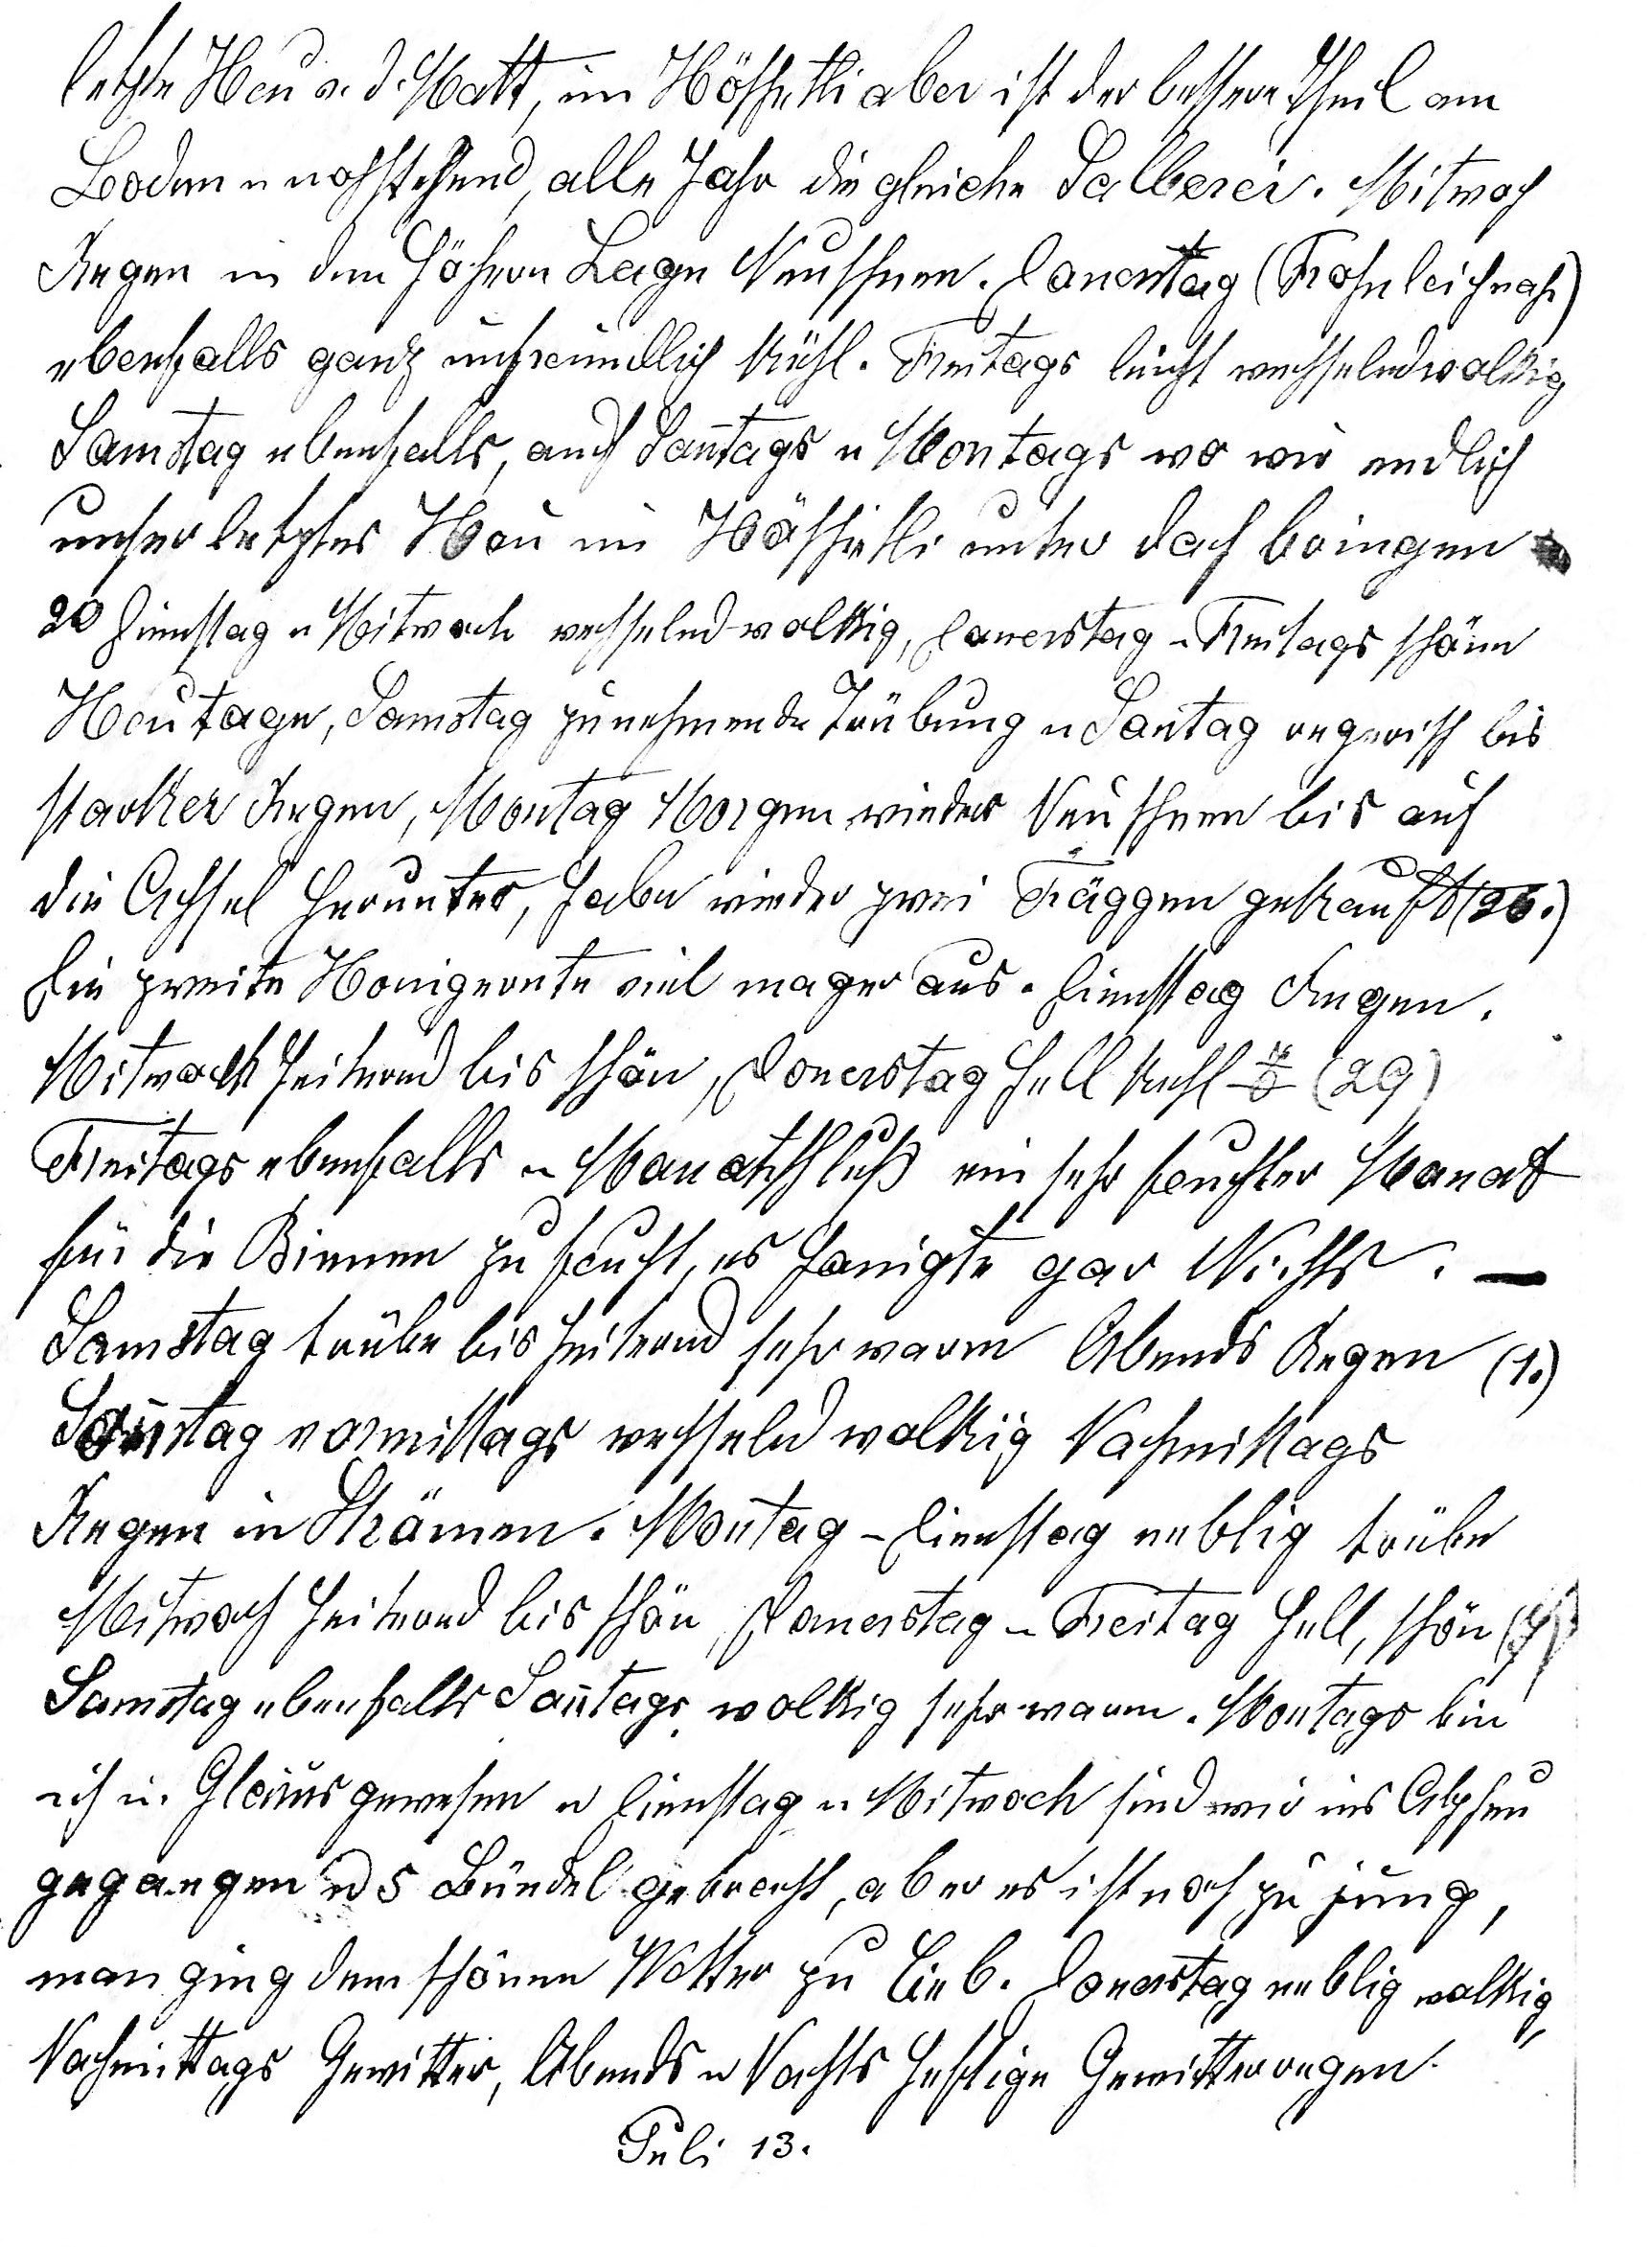
letzte Heu v. d. Matt, im Höschetli aber ist der bessere Theil am
Boden u noch stehend, alle Jahr die gleiche Salberei. Mitwoch
Regen in den höhern Lagen Neuschnee. Donerstag (Fronleichnam)
ebenfalls ganz unfreundlich kühl. Freitags leicht wechselhaft wolkig
Samstag ebenfalls, auch Sontags u Montags wo wir endlich
unser letztes Heu im Höschetli unter Dach bringen.
20. Dienstag u Mitwoch wechselnd wolkig, Donerstag u Freitags schöne
Heutage, Samstag zunehmende Trübung u Sontag regnerisch bis
starker Regen, Montag Morgen wieder Neuschnee bis auf

die Achsel herunter, habe wieder zwei Fäggen gekauft (26.).
Die zweite Honigernte viel mager aus. Dienstag Regen.
Mitwoch heiternd bis schön, Donerstag hell kühl 7o (29.).
Freitags ebenfalls u Monatschluss, ein sehr feuchter Monat
für die Bienen zu feucht, es honigte gar Nichts.
Samstag trübe bis heiternd sehr warm Abends Regen (1.)
Sontag vormittags wechselnd wolkig Nachmittags
Regen in Strömen. Montag u Dienstag neblig trübe
Mittwoch         bis schön, Donnerstag u Freitag hell, schön
Samstag ebenfalls Sontag wolkig sehr warm. Montag bin
ich in Glarus gewesen u Dienstag u Mitwoch sind wir ins Alpheu
gegangen u 5 Bündel gebracht, aber es ist noch zu jung,
man ging dem schönen Wetter zu lieb. Donerstag neblig wolkig,
Nachmittags Gewitter, Abends u Nachts heftige Gewitterregen
Juli 13.